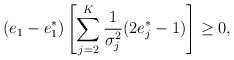
LaTeX: \begin{align*}(e_1-e_1^*)\left[\sum\limits_{j=2}^K\frac{1}{\sigma_j^2}(2e_j^*-1)\right]\geq0,\end{align*}